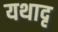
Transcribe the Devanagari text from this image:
यथादृ